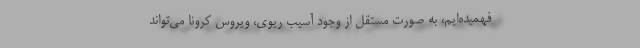
فهمیده‌ایم، به صورت مستقل از وجود آسیب ریوی، ویروس کرونا می‌تواند